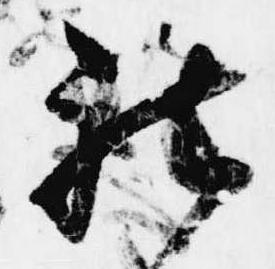
被